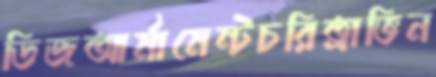
ডিজআর্মামেন্টচরিত্রাভিন